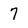
Character: 7